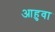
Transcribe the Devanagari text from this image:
आहुवा